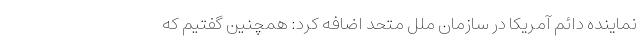
نماینده دائم آمریکا در سازمان ملل متحد اضافه کرد: همچنین گفتیم که